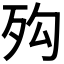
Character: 𣧔